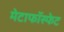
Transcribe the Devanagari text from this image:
मेटाफॉस्फेट